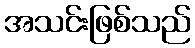
အသင်းဖြစ်သည်